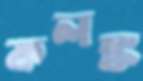
কলঙ্ক